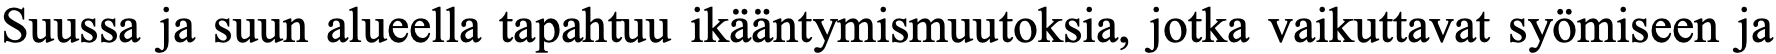
Suussa ja suun alueella tapahtuu ikääntymismuutoksia, jotka vaikuttavat syömiseen ja